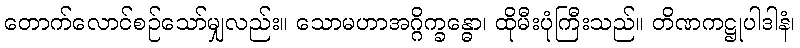
တောက်လောင်စဉ်သော်မျှလည်း။ သောမဟာအဂ္ဂိက္ခန္ဓော၊ ထိုမီးပုံကြီးသည်။ တိဏကဋ္ဌုပါဒါနံ၊